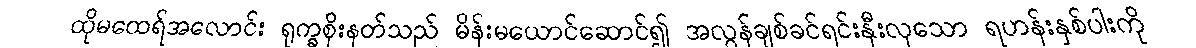
ထိုမထေရ်အလောင်း ရုက္ခစိုးနတ်သည် မိန်းမယောင်ဆောင်၍ အလွန်ချစ်ခင်ရင်းနှီးလှသော ရဟန်းနှစ်ပါးကို